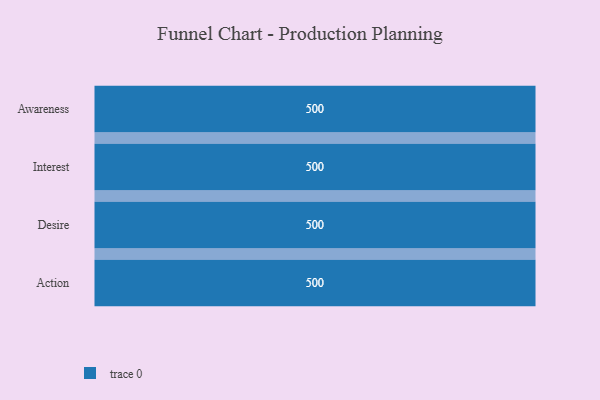
{"axis": {"x": "Stage", "y": "Value"}, "legend": [""], "data": [{"x": "Awareness", "y": 500, "type": ""}, {"x": "Interest", "y": 500, "type": ""}, {"x": "Desire", "y": 500, "type": ""}, {"x": "Action", "y": 500, "type": ""}]}